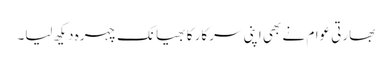
بھارتی عوام نے بھی اپنی سرکار کا بھیانک چہرہ دیکھ لیا۔